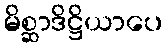
မိစ္ဆာဒိဋ္ဌိယာပေ